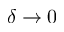
\delta \to 0